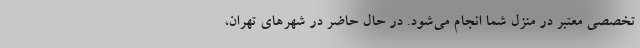
تخصصی معتبر در منزل شما انجام می‌شود. در حال حاضر در شهرهای تهران،